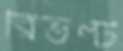
রিভল্ট